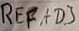
Text: REFADJ